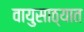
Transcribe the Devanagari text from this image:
वायुसाठ्यात